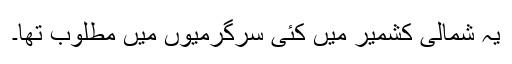
یہ شمالی کشمیر میں کئی سرگرمیوں میں مطلوب تھا۔